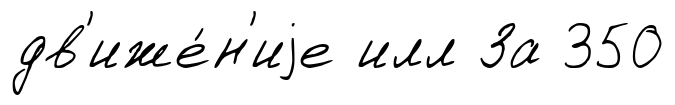
дв'иже́н'иjе илл За 350